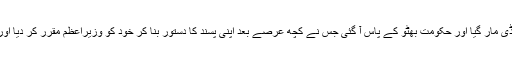
بہرحال چیف مارشل لا ایڈمنسٹریٹر یحیی خان ڈنڈی مار گیا اور حکومت بھٹو کے پاس آ گئی جس نے کچھ عرصے بعد اپنی پسند کا دستور بنا کر خود کو وزیراعظم مقرر کر دیا اور ملک میں فسق و فجور کی حکومت قائم ہو گئی۔